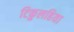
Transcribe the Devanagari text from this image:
टिकुलहिया